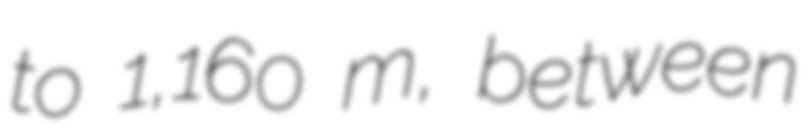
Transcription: to 1,160 m, between